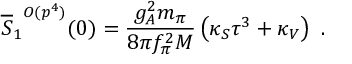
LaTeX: { \overline { { S } } _ { 1 } } ^ { { \cal O } ( p ^ { 4 } ) } ( 0 ) = { \frac { g _ { A } ^ { 2 } m _ { \pi } } { 8 \pi f _ { \pi } ^ { 2 } M } } \left( \kappa _ { S } \tau ^ { 3 } + \kappa _ { V } \right) \ .